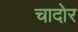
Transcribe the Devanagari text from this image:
चादोर